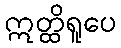
ဣတ္ထိရူပေ